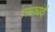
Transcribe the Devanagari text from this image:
परवाच्यंदी